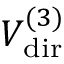
V _ { \mathrm { d i r } } ^ { ( 3 ) }